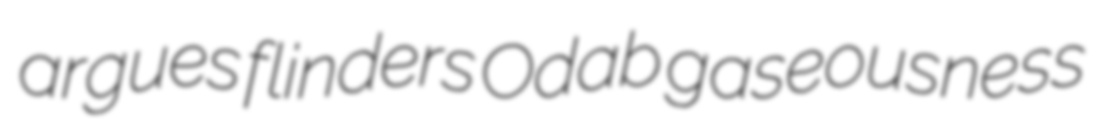
argues flinders Odab gaseousness